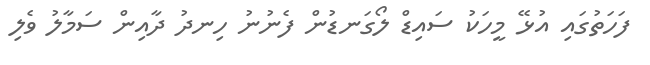
ފަހަތުގައި އުޅޭ މީހަކު ސައިޑް ލޯގަނޑުން ފެނުނު ހިނދު ދާއިން ސަމާލު ވެލި